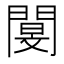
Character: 閺